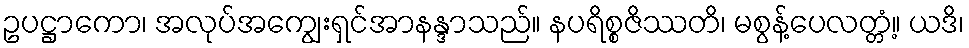
ဥပဋ္ဌာကော၊ အလုပ်အကျွေးရှင်အာနန္ဒာသည်။ နပရိစ္စဇိဿတိ၊ မစွန့်ပေလတ္တံ့။ ယဒိ၊